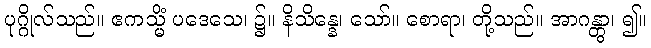
ပုဂ္ဂိုလ်သည်။ ဧကသ္မိံ ပဒေသေ၊ ၌။ နိသိန္နေ၊ သော်။ စောရာ၊ တို့သည်။ အာဂန္တွာ၊ ၍။